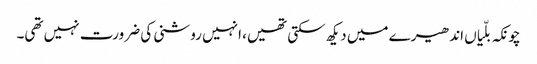
چونکہ بلّیاں اندھیرے میں دیکھ سکتی تھیں، انہیں روشنی کی ضرورت نہیں تھی۔